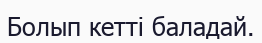
Болып кетті баладай.